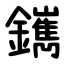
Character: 䥴